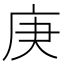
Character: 庚